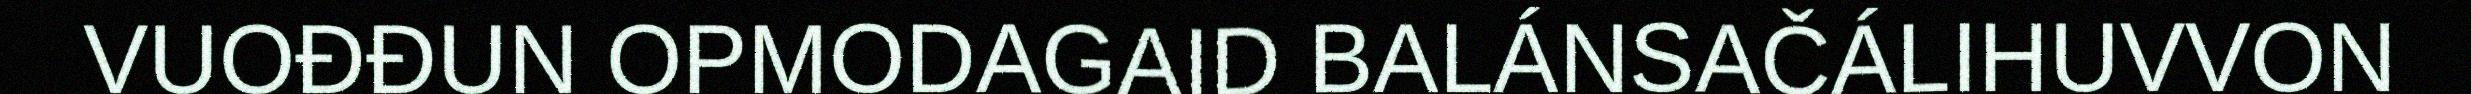
VUOĐĐUN OPMODAGAID BALÁNSAČÁLIHUVVON